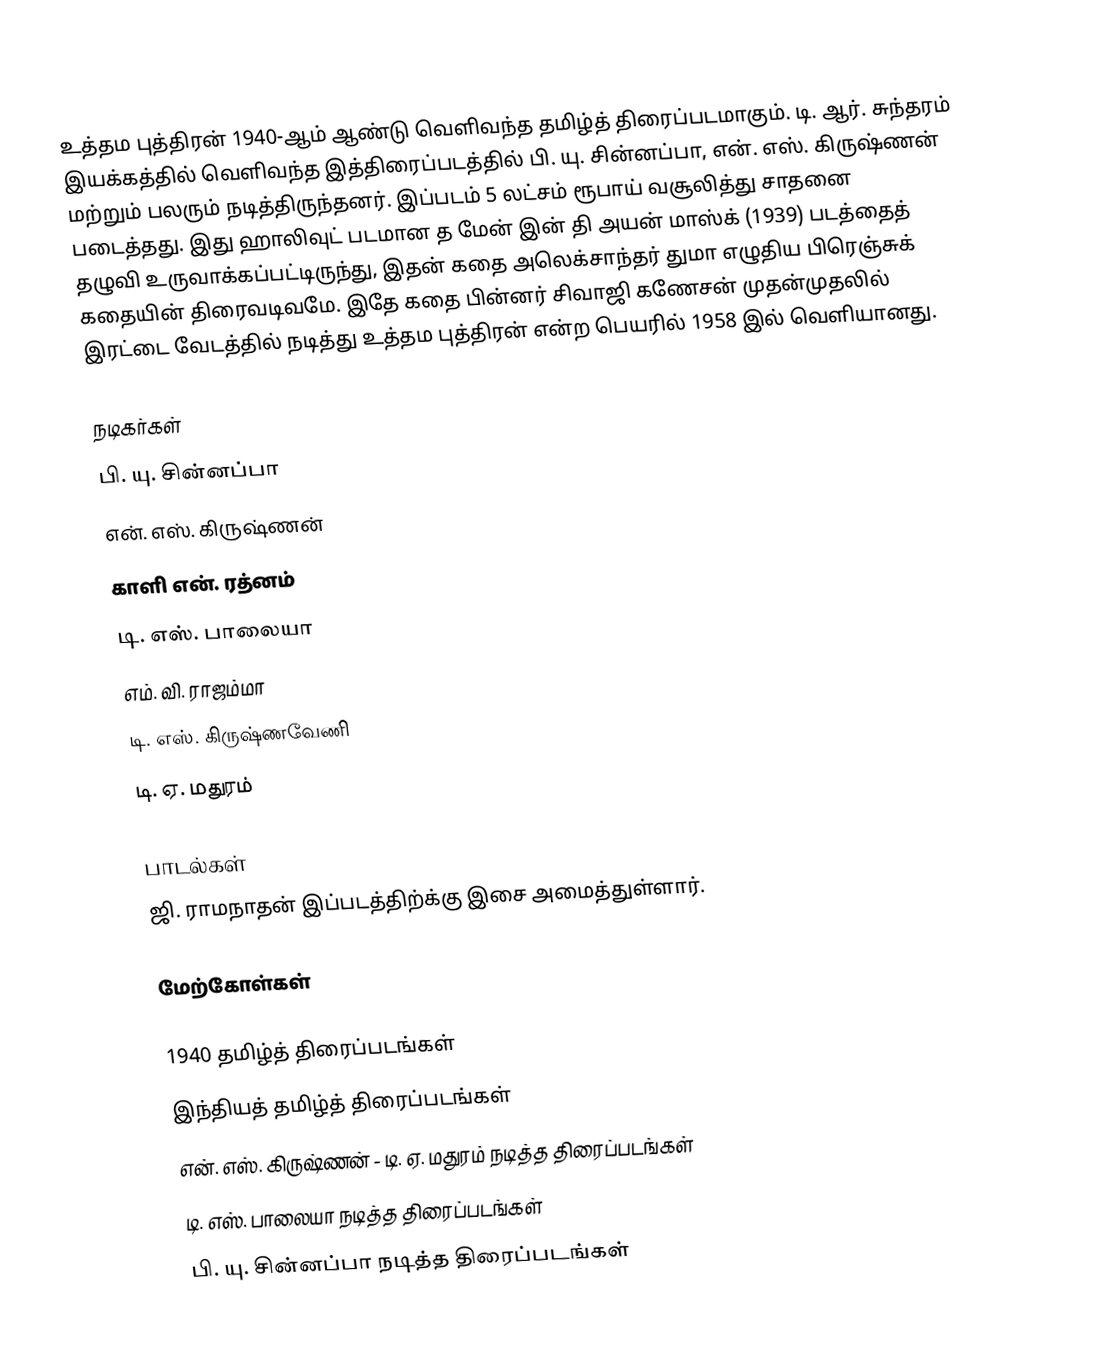
உத்தம புத்திரன் 1940-ஆம் ஆண்டு வெளிவந்த தமிழ்த் திரைப்படமாகும். டி. ஆர். சுந்தரம் இயக்கத்தில் வெளிவந்த இத்திரைப்படத்தில் பி. யு. சின்னப்பா, என். எஸ். கிருஷ்ணன் மற்றும் பலரும் நடித்திருந்தனர். இப்படம் 5 லட்சம் ரூபாய் வசூலித்து சாதனை படைத்தது. இது ஹாலிவுட் படமான த மேன் இன் தி அயன் மாஸ்க் (1939) படத்தைத் தழுவி உருவாக்கப்பட்டிருந்து, இதன் கதை  அலெக்சாந்தர் துமா எழுதிய பிரெஞ்சுக் கதையின் திரைவடிவமே. இதே கதை பின்னர் சிவாஜி கணேசன் முதன்முதலில் இரட்டை வேடத்தில் நடித்து உத்தம புத்திரன் என்ற பெயரில் 1958 இல் வெளியானது.

நடிகர்கள்
 பி. யு. சின்னப்பா
 என். எஸ். கிருஷ்ணன்
 காளி என். ரத்னம்
 டி. எஸ். பாலையா
 எம். வி. ராஜம்மா
 டி. எஸ். கிருஷ்ணவேணி
 டி. ஏ. மதுரம்

பாடல்கள்
ஜி. ராமநாதன் இப்படத்திற்க்கு இசை அமைத்துள்ளார்.

மேற்கோள்கள்

1940 தமிழ்த் திரைப்படங்கள்
இந்தியத் தமிழ்த் திரைப்படங்கள்
என். எஸ். கிருஷ்ணன் - டி. ஏ. மதுரம் நடித்த திரைப்படங்கள்
டி. எஸ். பாலையா நடித்த திரைப்படங்கள்
பி. யு. சின்னப்பா நடித்த திரைப்படங்கள்